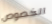
الخصوص